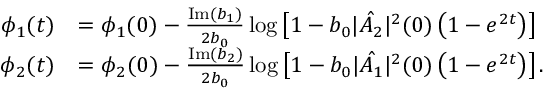
\begin{array} { r l } { \phi _ { 1 } ( t ) } & { = \phi _ { 1 } ( 0 ) - \frac { \mathrm { I m } ( b _ { 1 } ) } { 2 b _ { 0 } } \log \left[ 1 - b _ { 0 } | \hat { A _ { 2 } } | ^ { 2 } ( 0 ) \left( 1 - e ^ { 2 t } \right) \right] } \\ { \phi _ { 2 } ( t ) } & { = \phi _ { 2 } ( 0 ) - \frac { \mathrm { I m } ( b _ { 2 } ) } { 2 b _ { 0 } } \log \left[ 1 - b _ { 0 } | \hat { A _ { 1 } } | ^ { 2 } ( 0 ) \left( 1 - e ^ { 2 t } \right) \right] . } \end{array}